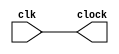
`timescale 1ns / 1ps
//////////////////////////////////////////////////////////////////////////////////
// Company:
// Engineer:
//
// Design Name:
// Module Name:    clock
// Project Name:
// Target Devices:
// Tool versions:
// Description:
//
// Dependencies:
//
// Revision:
// Revision 0.01 - File Created
// Additional Comments:
//
//////////////////////////////////////////////////////////////////////////////////
module clock(
	input clk,
	output /*reg */clock
    );
assign clock = clk;

reg [20: 0] cnt;
initial cnt = 0;
//initial clock = 0;

always@ (posedge clk) begin
	/*cnt <= cnt + 1;
	if(cnt == 1) begin
		cnt <= 0;
	end
	clock <= !clock;*/
end


endmodule